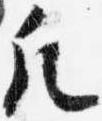
凡